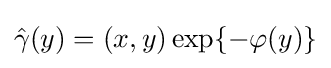
{\hat {\gamma }}(y)=(x,y)\exp\{-\varphi (y)\}